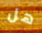
هل